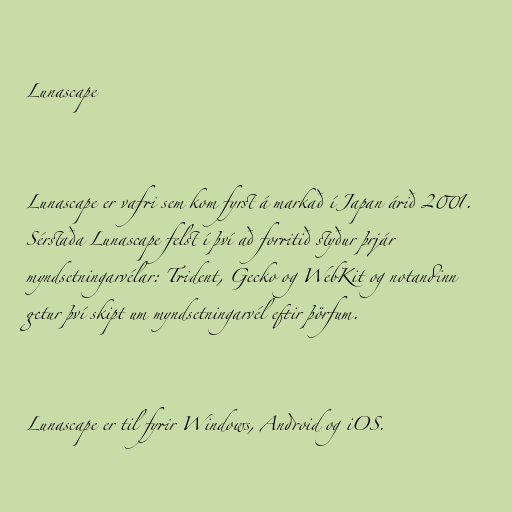
Lunascape

Lunascape er vafri sem kom fyrst á markað í Japan árið 2001.
Sérstaða Lunascape felst í því að forritið styður þrjár
myndsetningarvélar: Trident, Gecko og WebKit og notandinn
getur því skipt um myndsetningarvél eftir þörfum.

Lunascape er til fyrir Windows, Android og iOS.